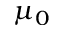
\mu _ { 0 }